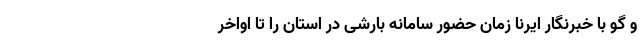
و گو با خبرنگار ایرنا زمان حضور سامانه بارشی در استان را تا اواخر